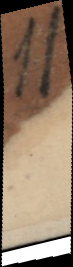
11